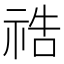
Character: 祰